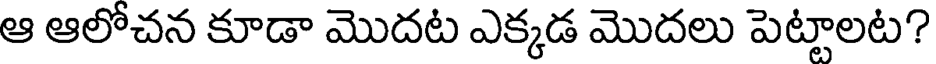
ఆ ఆలోచన కూడా మొదట ఎక్కడ మొదలు పెట్టాలట?